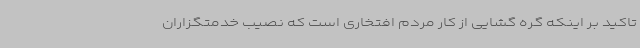
تاکید بر اینکه گره گشایی از کار مردم افتخاری است که نصیب خدمتگزاران